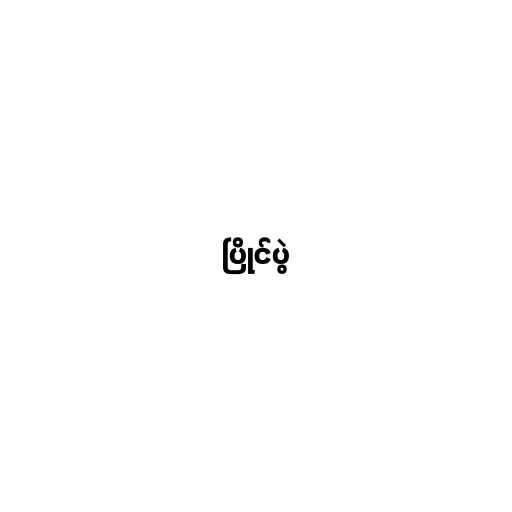
ပြိုင်ပွဲ